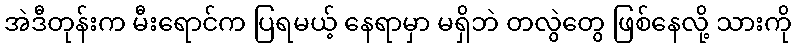
အဲဒီတုန်းက မီးရောင်က ပြရမယ့် နေရာမှာ မရှိဘဲ တလွဲတွေ ဖြစ်နေလို့ သားကို